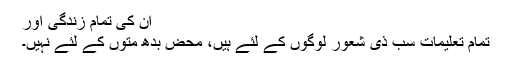
ان کی تمام زندگی اور
تمام تعلیمات سب ذی شعور لوگوں کے لئے ہیں، محض بدھ متوں کے لئے نہیں۔